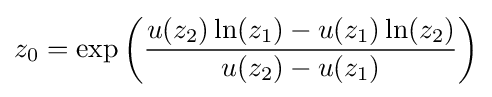
z_{0}=\exp \left({\frac {u(z_{2})\ln(z_{1})-u(z_{1})\ln(z_{2})}{u(z_{2})-u(z_{1})}}\right)